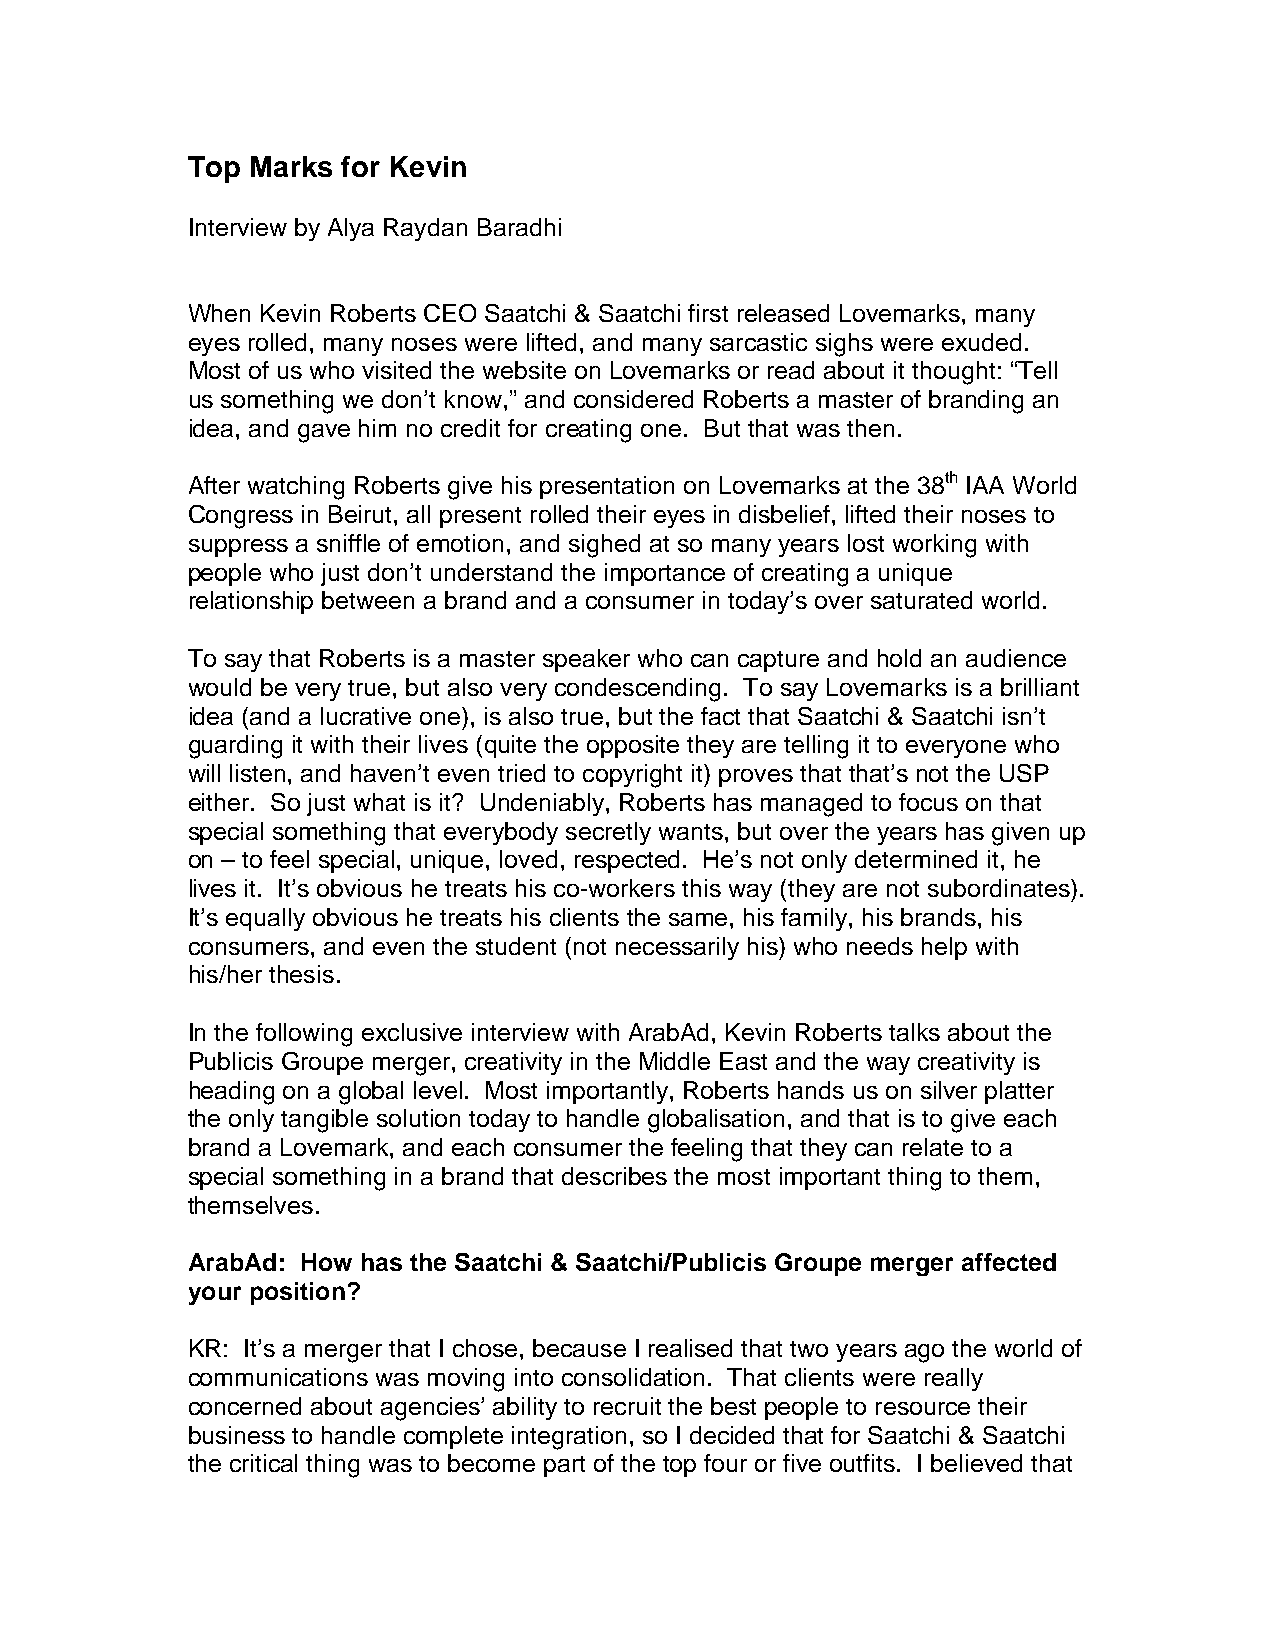
Top Marks  for Kevin
 Interview by Alya Raydan Baradhi
 When Kevin Roberts CEO Saatchi & Saatchi first released Lovemarks, many
 eyes rolled, many noses were lifted, and many sarcastic sighs were exuded.
 Most of us who visited the website on Lovemarks or read about it thought: “Tell
 us something we don’t know,” and considered Roberts a master of branding an
 idea, and gave him no credit for creating one. But that was then.
 After watching Roberts give his presentation on Lovemarks at the 38th IAA World
 Congress in Beirut, all present rolled their eyes in disbelief, lifted their noses to
 suppress a sniffle of emotion, and sighed at so many years lost working with
 people who just don’t understand the importance of creating a unique
 relationship between a brand and a consumer in today’s over saturated world.
 To say that Roberts is a master speaker who can capture and hold an audience
 would be very true, but also very condescending. To say Lovemarks is a brilliant
 idea (and a lucrative one), is also true, but the fact that Saatchi & Saatchi isn’t
 guarding it with their lives (quite the opposite they are telling it to everyone who
 will listen, and haven’t even tried to copyright it) proves that that’s not the USP
 either. So just what is it? Undeniably, Roberts has managed to focus on that
 special something that everybody secretly wants, but over the years has given up
 on – to feel special, unique, loved, respected. He’s not only determined it, he
 lives it. It’s obvious he treats his co-workers this way (they are not subordinates).
 It’s equally obvious he treats his clients the same, his family, his brands, his
 consumers, and even the student (not necessarily his) who needs help with
 his/her thesis.
 In the following exclusive interview with ArabAd, Kevin Roberts talks about the
 Publicis Groupe merger, creativity in the Middle East and the way creativity is
 heading on a global level. Most importantly, Roberts hands us on silver platter
 the only tangible solution today to handle globalisation, and that is to give each
 brand a Lovemark, and each consumer the feeling that they can relate to a
 special something in a brand that describes the most important thing to them,
 themselves.
 ArabAd: How has the Saatchi & Saatchi/Publicis Groupe merger affected
 your position?
 KR: It’s a merger that I chose, because I realised that two years ago the world of
 communications was moving into consolidation. That clients were really
 concerned about agencies’ ability to recruit the best people to resource their
 business to handle complete integration, so I decided that for Saatchi & Saatchi
 the critical thing was to become part of the top four or five outfits. I believed that